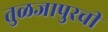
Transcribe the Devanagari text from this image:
तुळजापुरची